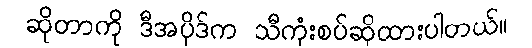
ဆိုတာကို ဒီအပိုဒ်က သီကုံးစပ်ဆိုထားပါတယ်။